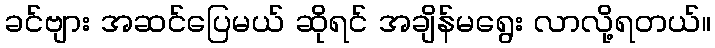
ခင်ဗျား အဆင်ပြေမယ် ဆိုရင် အချိန်မရွေး လာလို့ရတယ်။